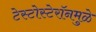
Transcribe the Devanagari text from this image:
टेस्टोस्टेरॉनमुळे